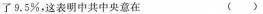
了9.5%，这表明中共中央意在 ( )